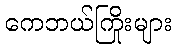
ကေဘယ်ကြိုးများ